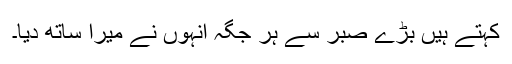
کہتے ہیں بڑے صبر سے ہر جگہ انہوں نے میرا ساتھ دیا۔